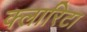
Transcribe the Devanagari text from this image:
क्लारिटा